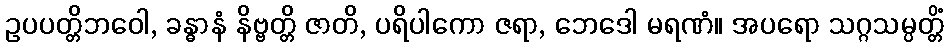
ဥပပတ္တိဘဝေါ, ခန္ဓာနံ နိဗ္ဗတ္တိ ဇာတိ, ပရိပါကော ဇရာ, ဘေဒေါ မရဏံ။ အပရော သဂ္ဂသမ္ပတ္တိံ